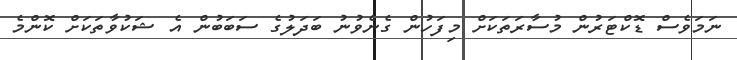
ނަމަވެސް ޑޮކްޓަރުން މުސާރަތަކަށް މިފަހުން ގެނެވުނު ބަދަލުގެ ސަބަބުން އެ ޝަކުވާތަކަށް ކޮންމެ